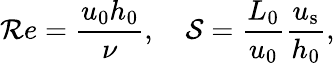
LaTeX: \mathcal{R}e=\frac{u_{0}h_{0}}{\nu},\quad\mathcal{S}=\frac{L_{0}}{u_{0}}\frac{u_{\mathrm{s}}}{h_{0}},